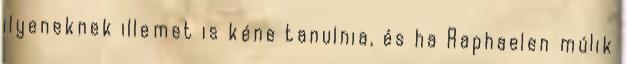
ilyeneknek illemet is kéne tanulnia, és ha Raphaelen múlik